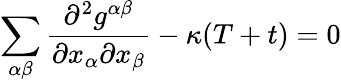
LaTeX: \sum_{\alpha\beta}\frac{\partial^{2}g^{\alpha\beta}}{\partial x_{\alpha}\partial x_{\beta}}-\kappa(T+t)=0